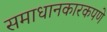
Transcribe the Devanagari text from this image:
समाधानकारकपणे